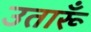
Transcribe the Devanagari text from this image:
उतारूँ